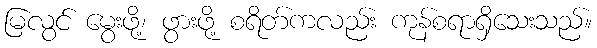
မြလွင် မွေးဖို့၊ ဖွားဖို့ စရိတ်ကလည်း ကုန်စရာရှိသေးသည်။